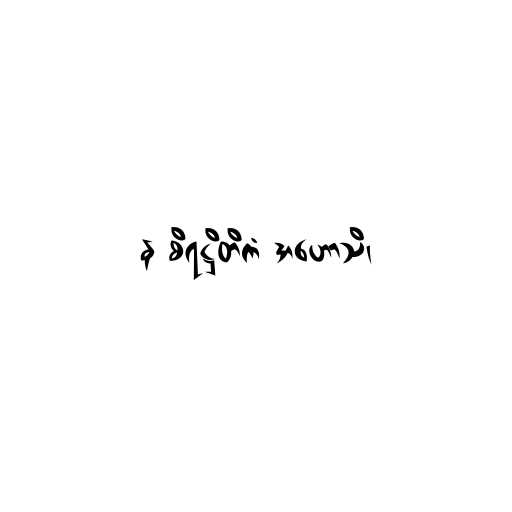
န စိရဋ္ဌိတိကံ အဟောသိ၊